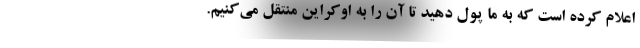
اعلام کرده است که به ما پول دهید تا آن را به اوکراین منتقل می‌کنیم.